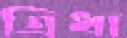
ত্রিধা